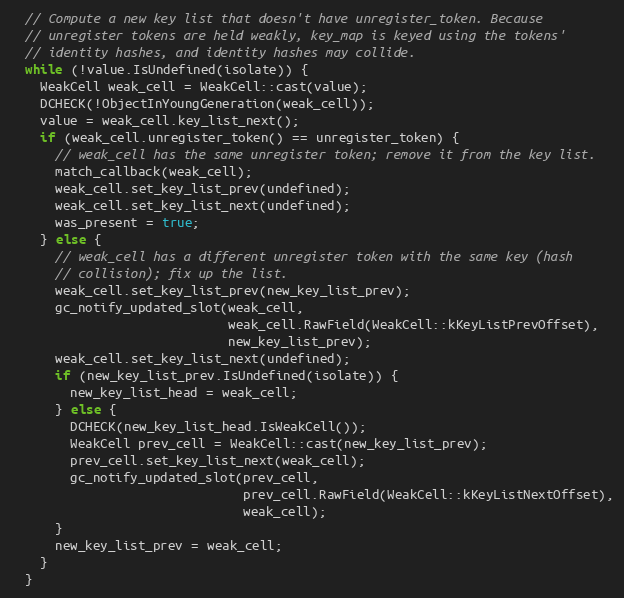
Language: C
  // Compute a new key list that doesn't have unregister_token. Because
  // unregister tokens are held weakly, key_map is keyed using the tokens'
  // identity hashes, and identity hashes may collide.
  while (!value.IsUndefined(isolate)) {
    WeakCell weak_cell = WeakCell::cast(value);
    DCHECK(!ObjectInYoungGeneration(weak_cell));
    value = weak_cell.key_list_next();
    if (weak_cell.unregister_token() == unregister_token) {
      // weak_cell has the same unregister token; remove it from the key list.
      match_callback(weak_cell);
      weak_cell.set_key_list_prev(undefined);
      weak_cell.set_key_list_next(undefined);
      was_present = true;
    } else {
      // weak_cell has a different unregister token with the same key (hash
      // collision); fix up the list.
      weak_cell.set_key_list_prev(new_key_list_prev);
      gc_notify_updated_slot(weak_cell,
                             weak_cell.RawField(WeakCell::kKeyListPrevOffset),
                             new_key_list_prev);
      weak_cell.set_key_list_next(undefined);
      if (new_key_list_prev.IsUndefined(isolate)) {
        new_key_list_head = weak_cell;
      } else {
        DCHECK(new_key_list_head.IsWeakCell());
        WeakCell prev_cell = WeakCell::cast(new_key_list_prev);
        prev_cell.set_key_list_next(weak_cell);
        gc_notify_updated_slot(prev_cell,
                               prev_cell.RawField(WeakCell::kKeyListNextOffset),
                               weak_cell);
      }
      new_key_list_prev = weak_cell;
    }
  }